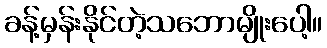
ခန့်မှန်းနိုင်တဲ့သဘောမျိုးပေါ့။